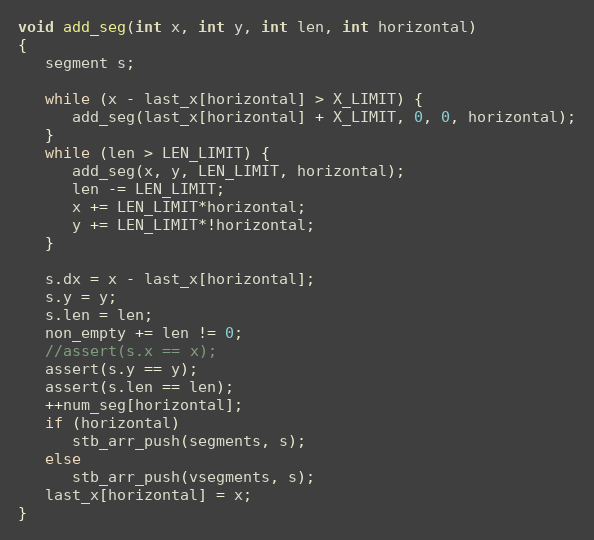
Language: C
void add_seg(int x, int y, int len, int horizontal)
{
   segment s;

   while (x - last_x[horizontal] > X_LIMIT) {
      add_seg(last_x[horizontal] + X_LIMIT, 0, 0, horizontal);
   }
   while (len > LEN_LIMIT) {
      add_seg(x, y, LEN_LIMIT, horizontal);
      len -= LEN_LIMIT;
      x += LEN_LIMIT*horizontal;
      y += LEN_LIMIT*!horizontal;
   }

   s.dx = x - last_x[horizontal];
   s.y = y;
   s.len = len;
   non_empty += len != 0;
   //assert(s.x == x);
   assert(s.y == y);
   assert(s.len == len);
   ++num_seg[horizontal];
   if (horizontal)
      stb_arr_push(segments, s);
   else
      stb_arr_push(vsegments, s);
   last_x[horizontal] = x;
}